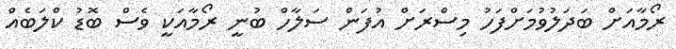
ރޯމާއަށް ބަދަލުވުމަށްފަހު މިސްރަށް އުފަން ސަލާހް ބުނީ ރޯމާއަކީ ވެސް ބޮޑު ކްލަބެއް